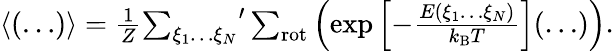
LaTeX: \begin{array}{r}{\langle(\ldots)\rangle=\frac{1}{Z}{\sum_{\xi_{1}\ldots\xi_{N}}}^{\prime}\sum_{\mathrm{rot}}\left(\exp\left[-\frac{E(\xi_{1}\ldots\xi_{N})}{k_{\mathrm{B}}T}\right](\ldots)\right).}\end{array}